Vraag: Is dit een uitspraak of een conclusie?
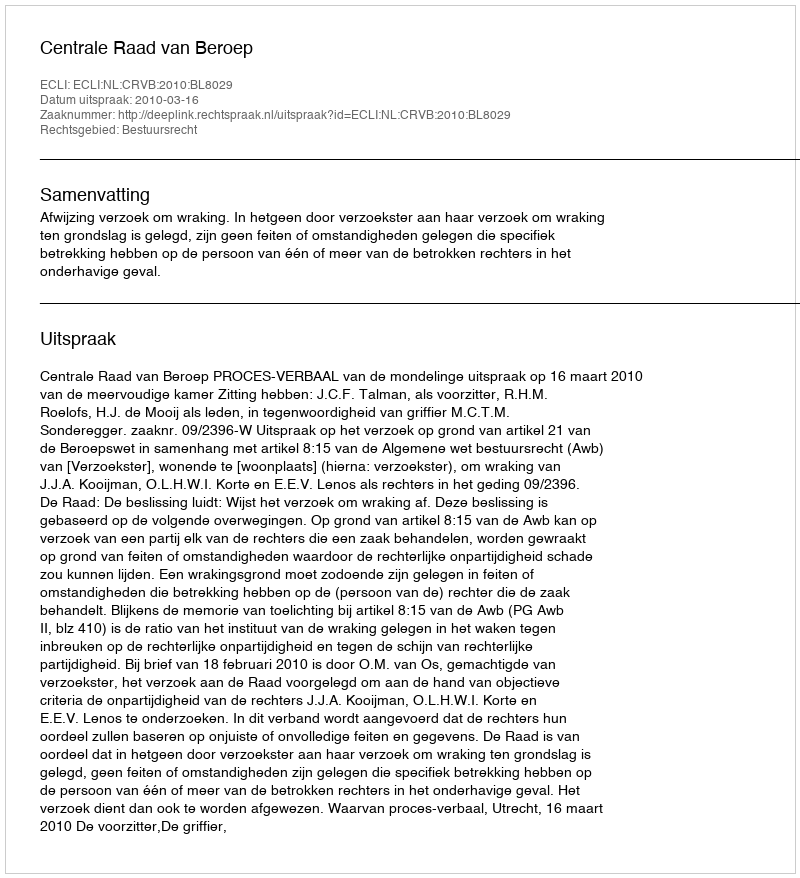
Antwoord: Uitspraak